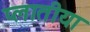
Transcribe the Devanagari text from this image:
प्लातीया